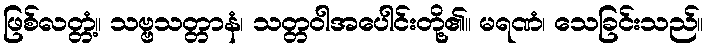
ဖြစ်လတ္တံ့။ သဗ္ဗသတ္တာနံ၊ သတ္တဝါအပေါင်းတို့၏။ မရဏံ၊ သေခြင်းသည်။